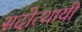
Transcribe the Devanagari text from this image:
सदोत्थायी